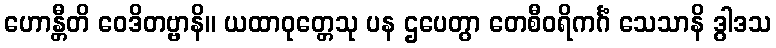
ဟောန္တီတိ ဝေဒိတဗ္ဗာနိ။ ယထာဝုတ္တေသု ပန ဌပေတွာ တေစီဝရိကင်္ဂံ သေသာနိ ဒွါဒသ